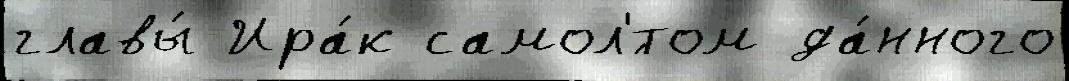
главы́ Ира́к самол'́том да́нного